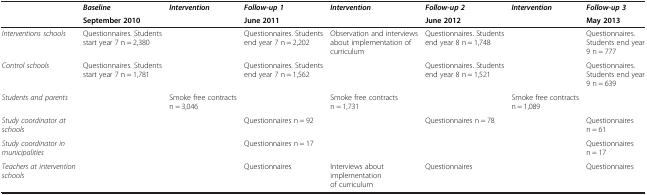
<table><thead><tr><td><b> </b></td><td><b><i>Baseline</i></b></td><td><b><i>Intervention</i></b></td><td><b><i>Follow-up 1</i></b></td><td><b><i>Intervention</i></b></td><td><b><i>Follow-up 2</i></b></td><td><b><i>Intervention</i></b></td><td><b><i>Follow-up 3</i></b></td></tr><tr><td><b> </b></td><td><b>September 2010</b></td><td><b> </b></td><td><b>June 2011</b></td><td><b> </b></td><td><b>June 2012</b></td><td><b> </b></td><td><b>May 2013</b></td></tr></thead><tbody><tr><td><i>Interventions schools</i></td><td>Questionnaires. Students start year 7 n = 2,380</td><td> </td><td>Questionnaires. Students end year 7 n = 2,202</td><td>Observation and interviews about implementation of curriculum</td><td>Questionnaires. Students end year 8 n = 1,748</td><td> </td><td>Questionnaires. Students end year 9 n = 777</td></tr><tr><td><i>Control schools</i></td><td>Questionnaires. Students start year 7 n = 1,781</td><td> </td><td>Questionnaires. Students end year 7 n = 1,562</td><td> </td><td>Questionnaires. Students end year 8 n = 1,521</td><td> </td><td>Questionnaires. Students end year 9 n = 639</td></tr><tr><td><i>Students and parents</i></td><td> </td><td>Smoke free contracts n = 3,046</td><td> </td><td>Smoke free contracts n = 1,731</td><td> </td><td>Smoke free contracts n = 1,089</td><td> </td></tr><tr><td><i>Study coordinator at schools</i></td><td> </td><td> </td><td>Questionnaires n = 92</td><td> </td><td>Questionnaires n = 78</td><td> </td><td>Questionnaires n = 61</td></tr><tr><td><i>Study coordinator in municipalities</i></td><td> </td><td> </td><td>Questionnaires n = 17</td><td> </td><td> </td><td> </td><td>Questionnaires n = 17</td></tr><tr><td><i>Teachers at intervention schools</i></td><td> </td><td> </td><td>Questionnaires</td><td>Interviews about implementation of curriculum</td><td>Questionnaires</td><td> </td><td>Questionnaires</td></tr></tbody></table>